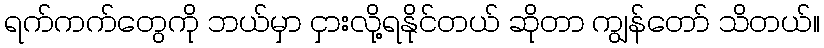
ရက်ကက်တွေကို ဘယ်မှာ ငှားလို့ရနိုင်တယ် ဆိုတာ ကျွန်တော် သိတယ်။